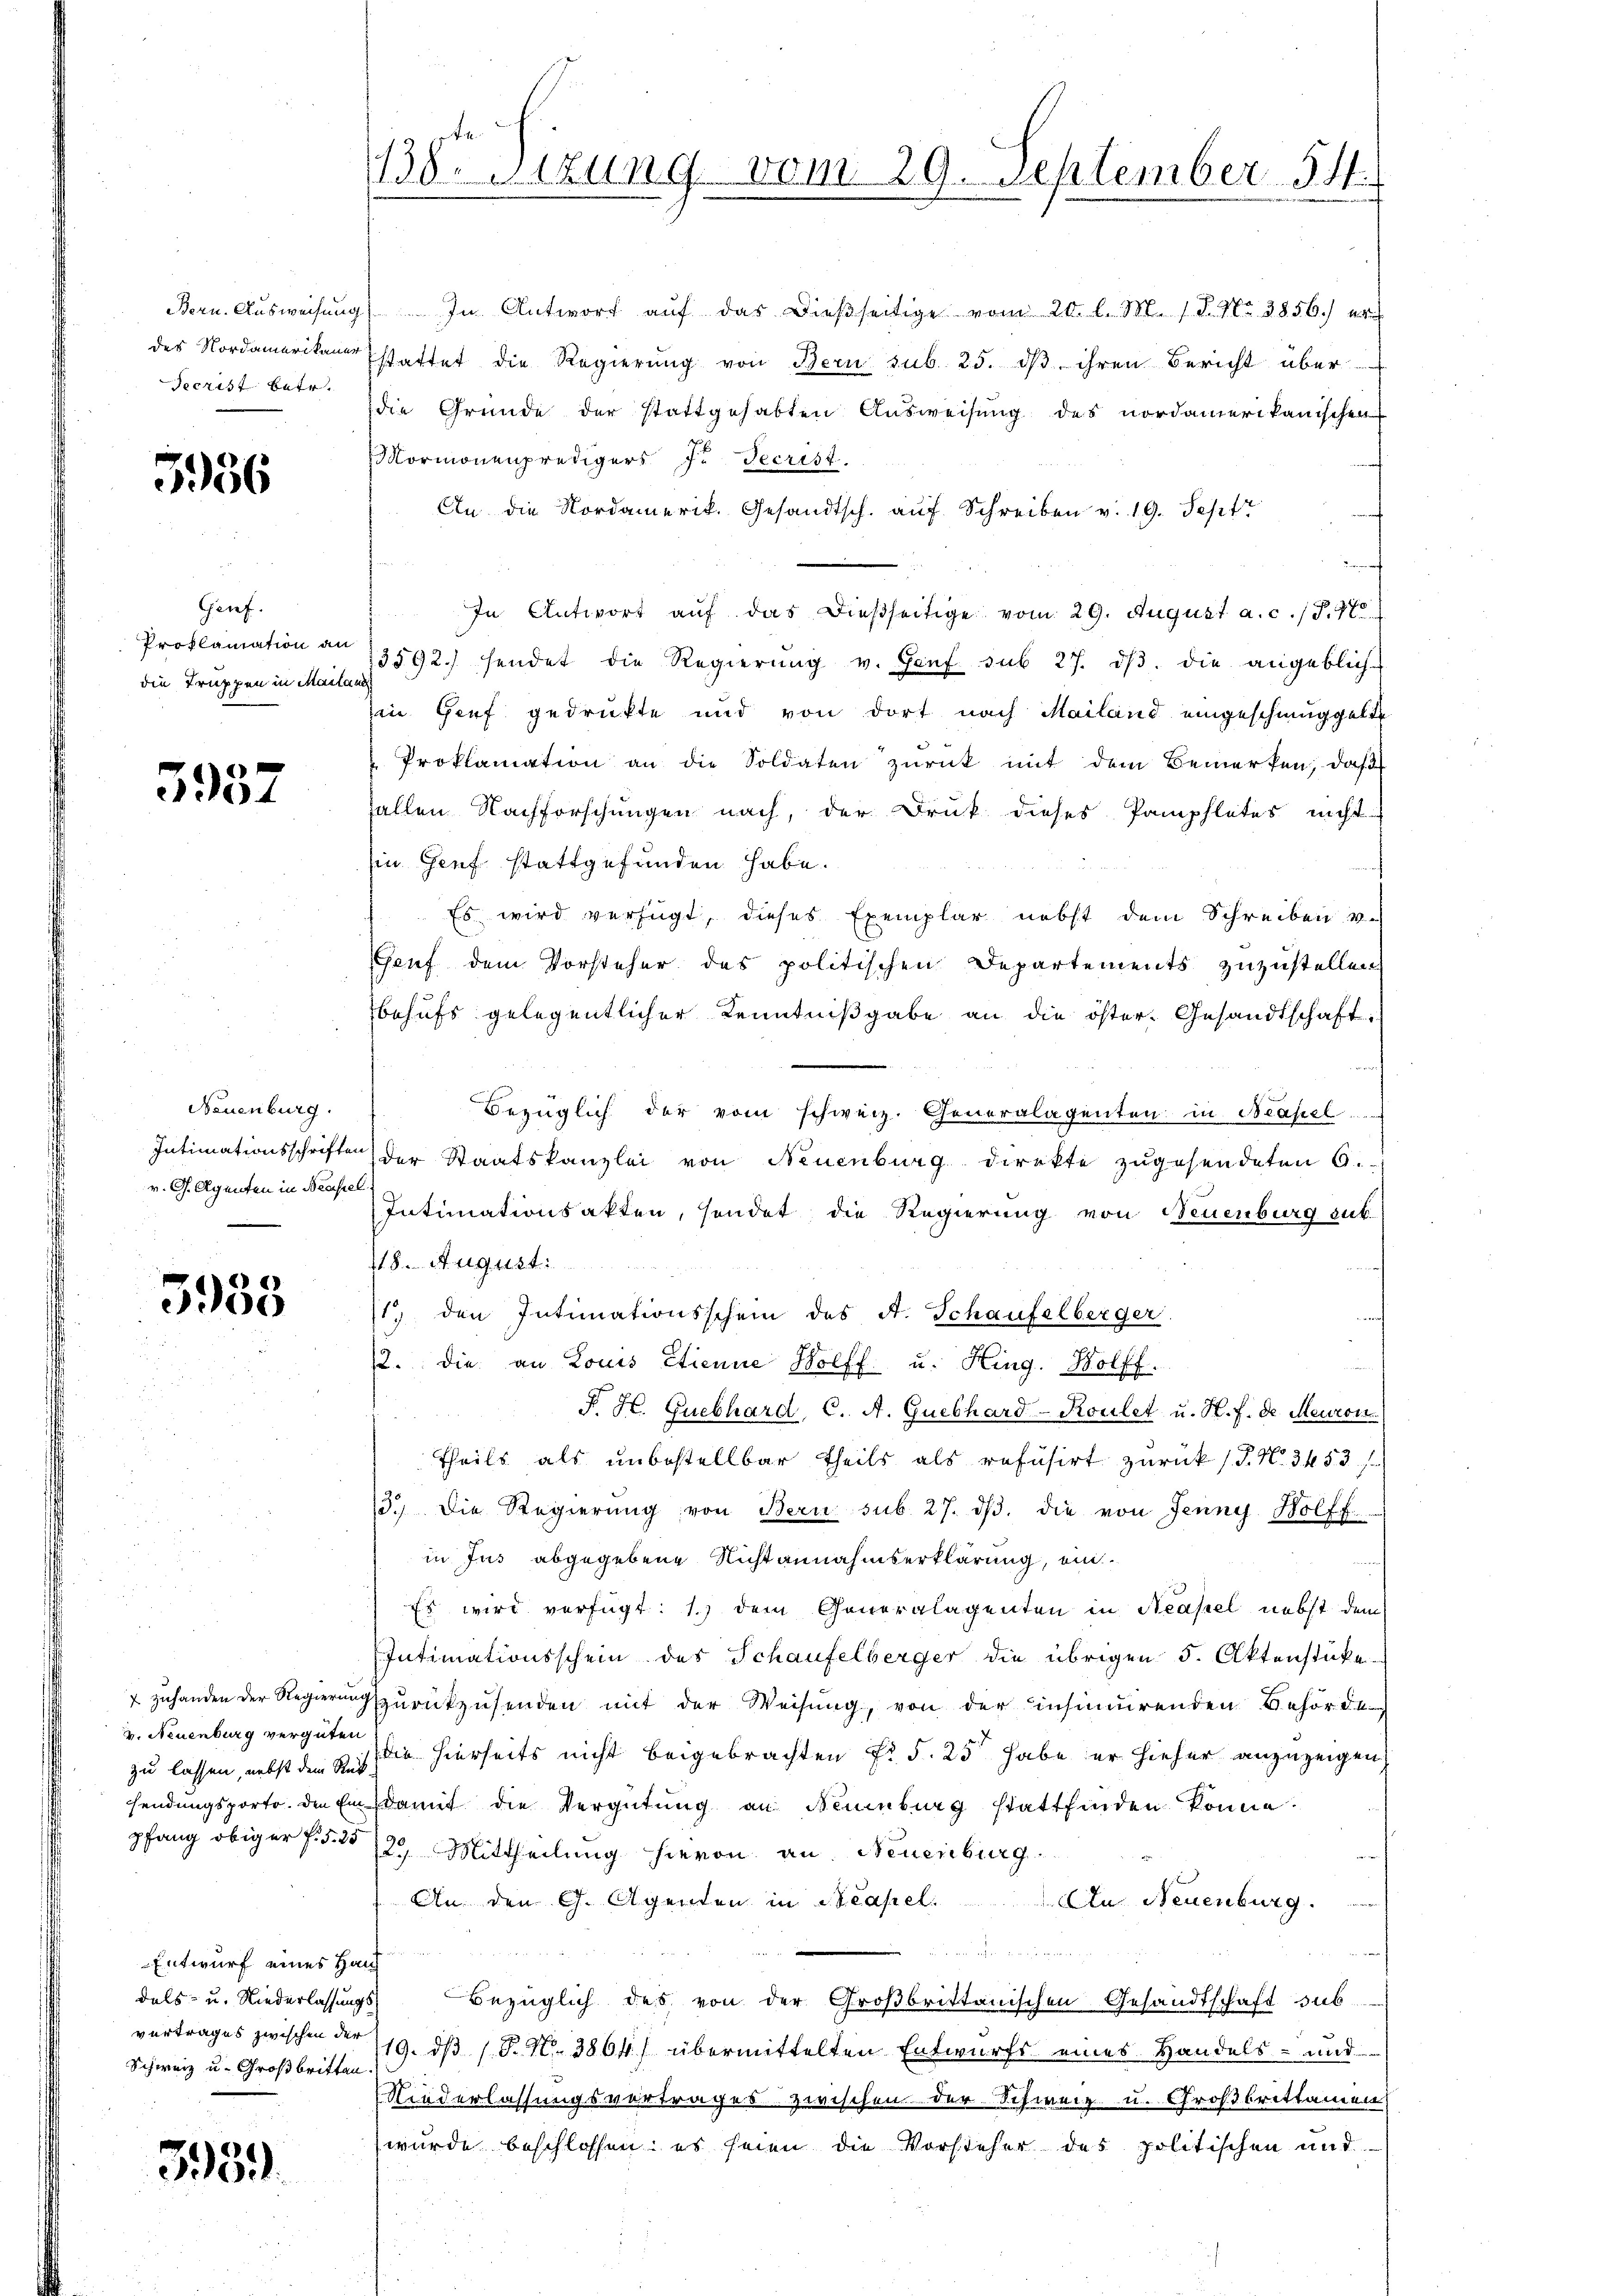
Jecrist betr.

5956

Genf.
die Truppen in Mailand

5937

Neuenburg.
v. G. Agenten in Neapel

5933

zu lassen, nebst dem Rück
pfang obiger P. §. 25

Entwurf eines Han¬
Schweiz u. Großbritten.

3951.

Bern. Ausweisung. In Antwort aŭf das dießseitige vom 20. l. M. 1 S. Nr. 3856.) er
des Nordamerikane stattet die Regierŭng von Bern sub. 25. dβ ihren Bericht über
die Gründe der stattgehabten Ausweisung des nordamerikanischen
Mormonenpredigers zu Jecrist.
An die Nordamerit. Gesandtsch. aŭf Schreiben v. 19. Sept
f
In Antwort aŭf das dießseitige vom 29. August a. c. 1 S. 70
Proklamation an 13592) sendet die Regierŭng v. Haŭf sub 27. dβ. die angeblich-
in Genf gedrukte und von dort nach Mailand eingeschmuggette
Proklamation an die Soldaten zurück mit dem Bemerken, daß
allen Nachforschungen nach, der Druk dieses Pamphletes nicht
in Genf stattgefunden habe.
Es wird verfügt, dieses Exemplar nebst dem Schreiben v.
Genf dem Vorsteher des politischen Departements zuzustellen.
behufs gelegentlicher Kenntnißgabe an die öster- Gesandtschaft,
Bezüglich der vom schweiz. Generalagenten in Neapel
Intimationsschrifte der Staatskanzlei von Neuenburg direkte zugesendeten 6.
Intimationsakten, sendet die Regierung von Neuenburg sub
18. August.
1.) den Intimationsschein des A. Schaufelberger.
12. die an Louis Etienne Wolff u. Hing. Wolff.
u
P. H. Guebhard, C. A. Quebhard-Koulet u. H. f. de Meuron
Theils als unbestellbar theils als refusirt zurück (T. N. 34. 53 f.
3.) Die Regierŭng von Bern sub. 27. dβ. die von Jenny, Holff
in Jus abgegebene Nichtannahmserklärung, ein¬
Es wird verfügt: 1.) dem Generalagenten in Neapel nebst dem
Intimationsschein des Schaufelberger die übrigen 5. Aktenstücke
 zuhanden der Regierung zurückzusenden mit der Weisung, von der insinuirenden Behörde
v. Neuenburg vergüten in hierseits nicht beigebrachten Fr. 5. 25 habe er hieher anzuzeigen
sendungsporte. Die Ein damit die Vergütung an Naumburg stattfinden könne.
22. Mittheilung hievon an. Neuenburg.
An den G. Agenden in Neapel.
n Neuenburg.

dels- u. Niederlassungs Bezüglich des von der Großbrittanischen Gesandtschaft sub-
vertrages zwischen der 119. ds 1. P. Nr. 3864) übermittelten Entwurfs eines Handels- und
Niederlassungsvertrages zwischen der Schweiz u. Großbrittamen
wurde beschlossen; es seien die Vorsteher des politischen und

1138. Sitzung vom 29. September 14.